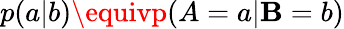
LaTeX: p(a|b)\equivp(A=a|\mathbf{B}=b)